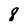
Character: 8